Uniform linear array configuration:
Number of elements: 48
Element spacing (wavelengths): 0.5
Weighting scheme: hann
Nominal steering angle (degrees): -15
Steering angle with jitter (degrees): -15.694
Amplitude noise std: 0.05
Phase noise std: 0.05

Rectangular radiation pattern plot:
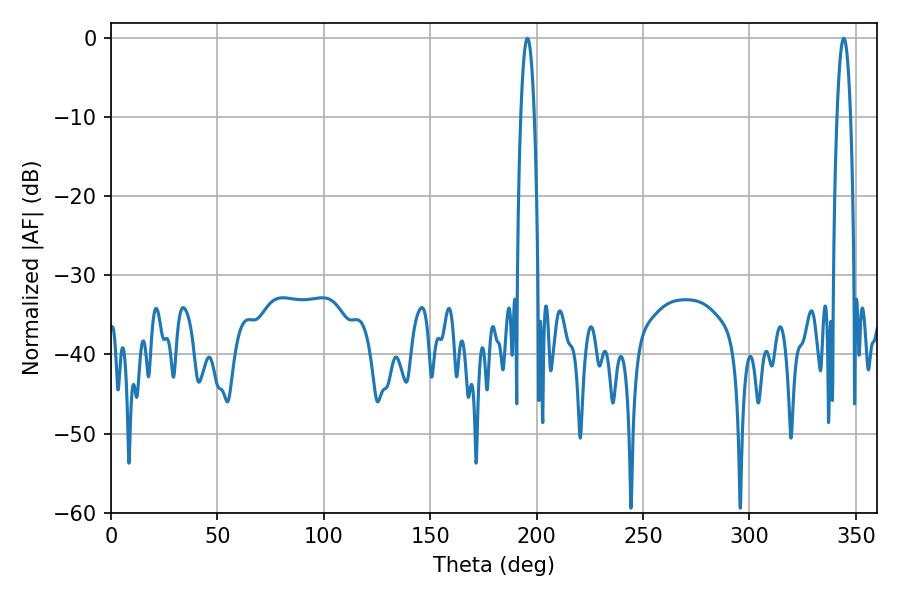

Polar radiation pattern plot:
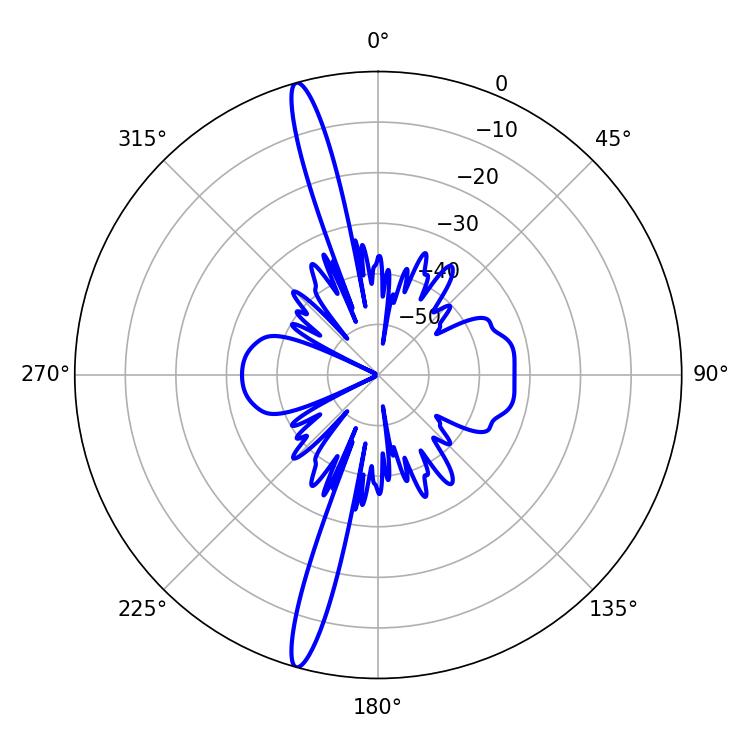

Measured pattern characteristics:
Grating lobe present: FALSE
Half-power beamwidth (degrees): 3.6
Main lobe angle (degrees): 195.66